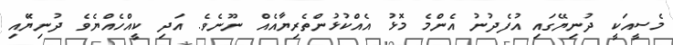
މެސީއަކީ ދުނިޔޭގައި އުފެދުނު އެންމެ މޮޅު އެއްކުޅުންތެރިޔާއެއް ނޫނެވެ. އަދި ކީއްހެއްޔެވެ ދުނިޔޭައި